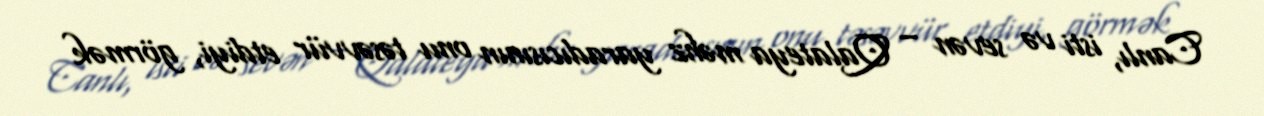
Canlı, isti və sevən – Qalateya məhz yaradıcısının onu təsəvvür etdiyi, görmək